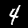
Label: 4